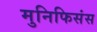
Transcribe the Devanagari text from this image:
मुनिफिसंस